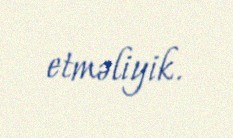
etməliyik.